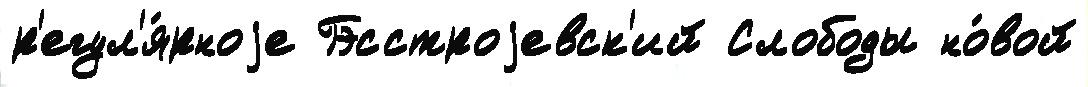
р'егул'я́рноjе Гэсстроjевск'ий Слободы но́вой